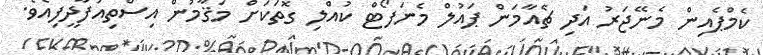
ކެމްޕެއިން މެނޭޖަރު އަދި ޗެއާމަން ޕައުލް މެނަފޯޓް ކުއްލި ގޮތަކަށް މަޤާމުން އިސްތިއުފާދީފިއެވެ.